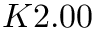
K 2 . 0 0